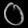
Digit: ၀